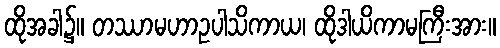
ထိုအခါ၌။ တဿာမဟာဥပါသိကာယ၊ ထိုဒါယိကာမကြီးအား။